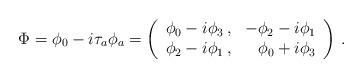
LaTeX: \begin{align*}\Phi = \phi_0 - i \tau_a \phi_a = \left( \begin{array}{rr} \phi_0-i\phi_3 \,, & -\phi_2-i\phi_1 \cr \phi_2-i\phi_1 \,, & \phi_0+i\phi_3 \cr \end{array} \right) \,.\end{align*}